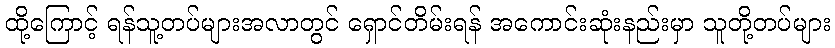
ထို့ကြောင့် ရန်သူ့တပ်များအလာတွင် ရှောင်တိမ်းရန် အကောင်းဆုံးနည်းမှာ သူတို့တပ်များ